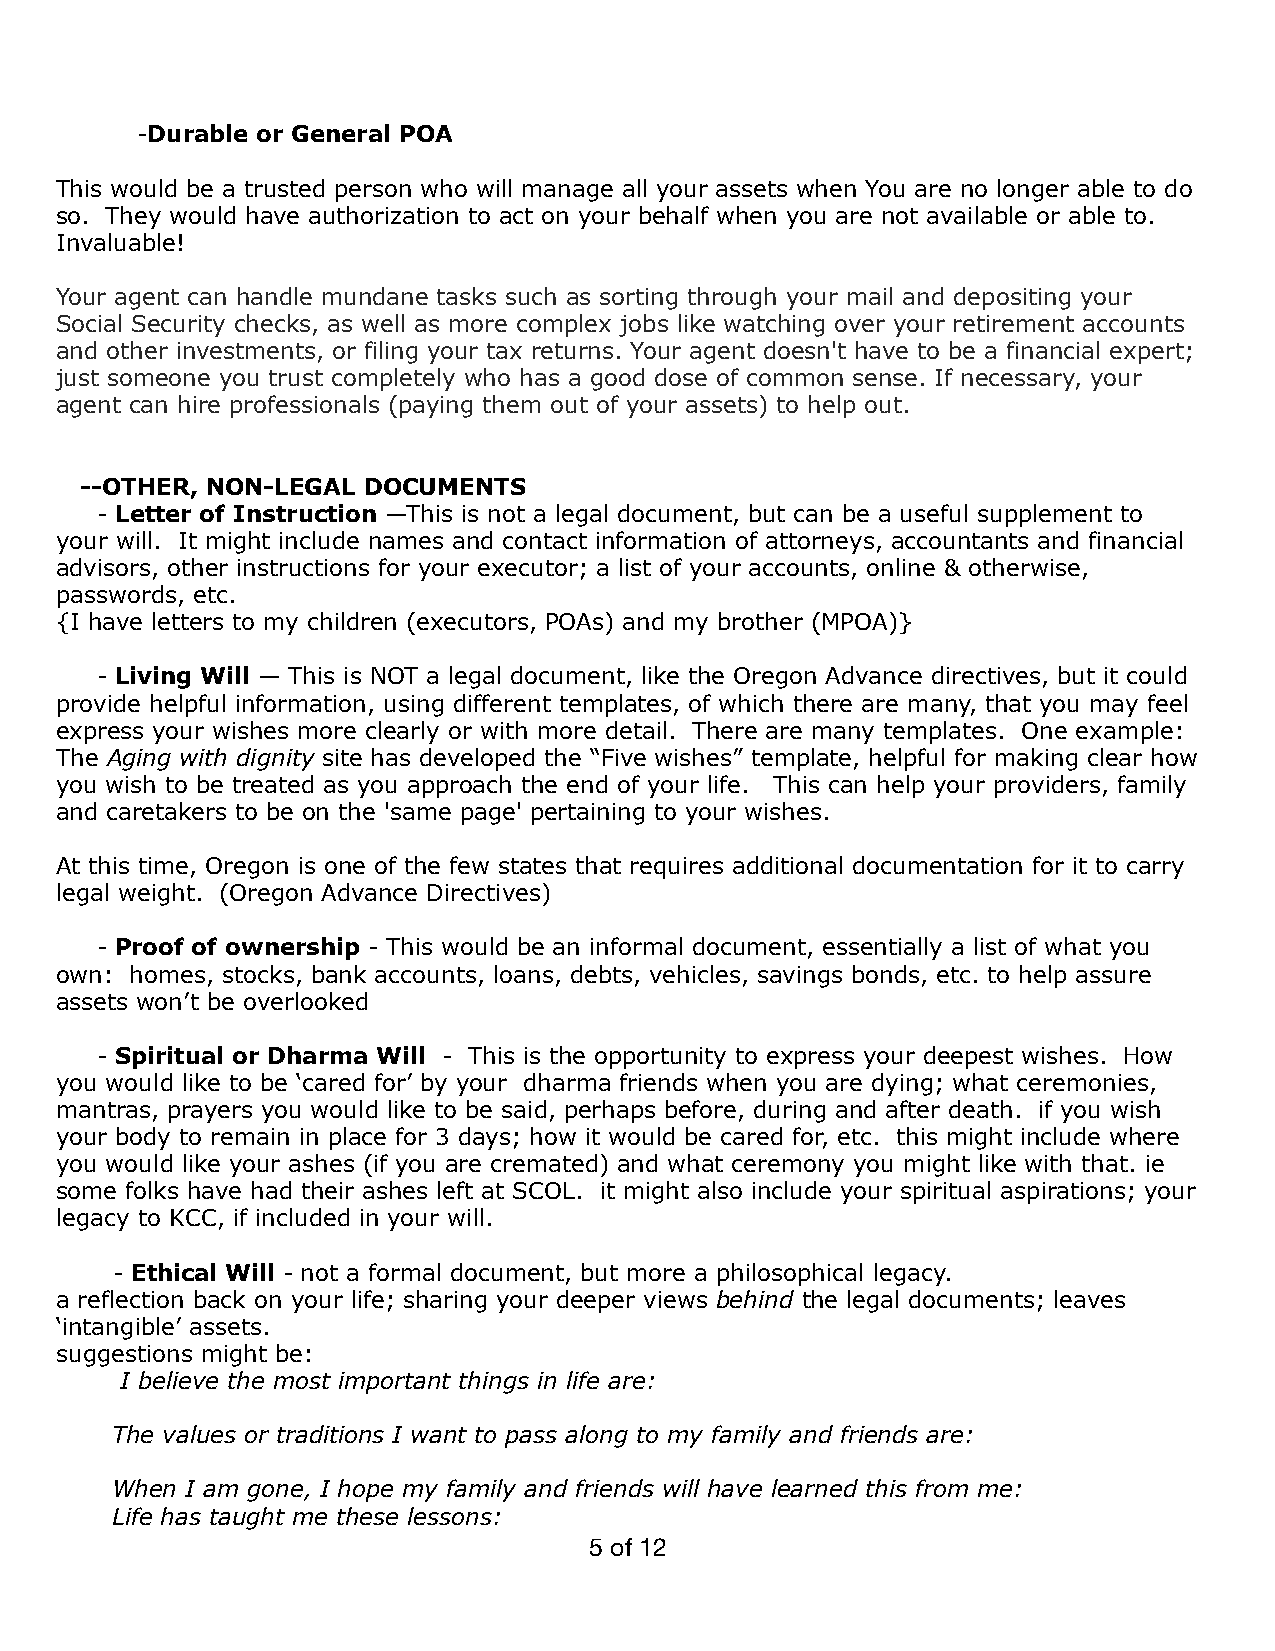
-Durable or General POA
 This would be a trusted person who will manage all your assets when You are no longer able to do
 so. They would have authorization to act on your behalf when you are not available or able to.
 Invaluable!
 Your agent can handle mundane tasks such as sorting through your mail and depositing your
 Social Security checks, as well as more complex jobs like watching over your retirement accounts
 and other investments, or filing your tax returns. Your agent doesn't have to be a financial expert;
 just someone you trust completely who has a good dose of common sense. If necessary, your
 agent can hire professionals (paying them out of your assets) to help out.
 --OTHER, NON-LEGAL DOCUMENTS
 - Letter of Instruction —This is not a legal document, but can be a useful supplement to
 your will. It might include names and contact information of attorneys, accountants and financial
 advisors, other instructions for your executor; a list of your accounts, online & otherwise,
 passwords, etc.
 {I have letters to my children (executors, POAs) and my brother (MPOA)}
 - Living Will — This is NOT a legal document, like the Oregon Advance directives, but it could
 provide helpful information, using different templates, of which there are many, that you may feel
 express your wishes more clearly or with more detail. There are many templates. One example:
 The Aging with dignity site has developed the “Five wishes” template, helpful for making clear how
 you wish to be treated as you approach the end of your life. This can help your providers, family
 and caretakers to be on the 'same page' pertaining to your wishes.
 At this time, Oregon is one of the few states that requires additional documentation for it to carry
 legal weight. (Oregon Advance Directives)
 - Proof of ownership - This would be an informal document, essentially a list of what you
 own: homes, stocks, bank accounts, loans, debts, vehicles, savings bonds, etc. to help assure
 assets won’t be overlooked
 - Spiritual or Dharma Will - This is the opportunity to express your deepest wishes. How
 you would like to be ‘cared for’ by your dharma friends when you are dying; what ceremonies,
 mantras, prayers you would like to be said, perhaps before, during and after death. if you wish
 your body to remain in place for 3 days; how it would be cared for, etc. this might include where
 you would like your ashes (if you are cremated) and what ceremony you might like with that. ie
 some folks have had their ashes left at SCOL. it might also include your spiritual aspirations; your
 legacy to KCC, if included in your will.
 - Ethical Will - not a formal document, but more a philosophical legacy.
 a reflection back on your life; sharing your deeper views behind the legal documents; leaves
 ‘intangible’ assets.
 suggestions might be:
 I believe the most important things in life are:
 The values or traditions I want to pass along to my family and friends are:
 When I am gone, I hope my family and friends will have learned this from me:
 Life has taught me these lessons:
 5 of 12